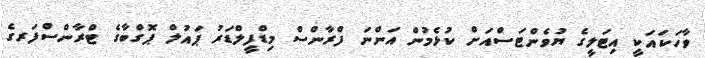
ވާހަކައަކީ އިޓަލީގެ ޔުވެންޓަސްއަށް ކުޅެމުން އަންނަ ފްރާންސް މިޑްފީލްޑަރު ޕައުލް ޕޮގްބާގެ ޓްރާންސްފަރގެ